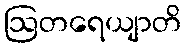
ဩတရေယျာတိ